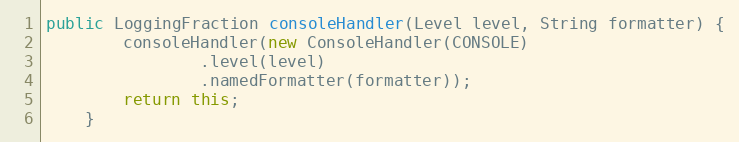
Language: Java
public LoggingFraction consoleHandler(Level level, String formatter) {
        consoleHandler(new ConsoleHandler(CONSOLE)
                .level(level)
                .namedFormatter(formatter));
        return this;
    }